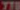
770